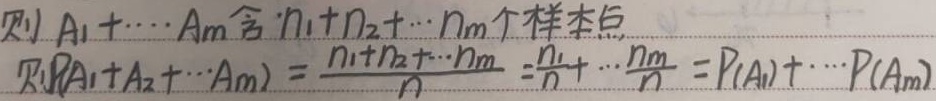
则 \(A_1+\cdots+A_m\) 含 \(n_1 + n_2+\cdots + n_m\) 个样本点，则 \(P(A_1 + A_2+\cdots+A_m)=\frac{n_1 + n_2+\cdots + n_m}{n}=\frac{n_1}{n}+\cdots+\frac{n_m}{n}=P(A_1)+\cdots+P(A_m)\)